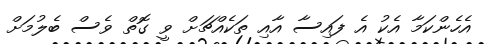
އެހެންކަމާ އެކު އެ ފައިސާ އާއި ތަކެއްޗަށް ވީ ގޮތް ވެސް ބެލުމަށް